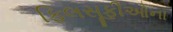
ફિલસૂફીઓના